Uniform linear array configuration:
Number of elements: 12
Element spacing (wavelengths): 0.25
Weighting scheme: binomial
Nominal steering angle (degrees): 15
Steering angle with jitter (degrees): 16.245
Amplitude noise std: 0.05
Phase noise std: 0.05

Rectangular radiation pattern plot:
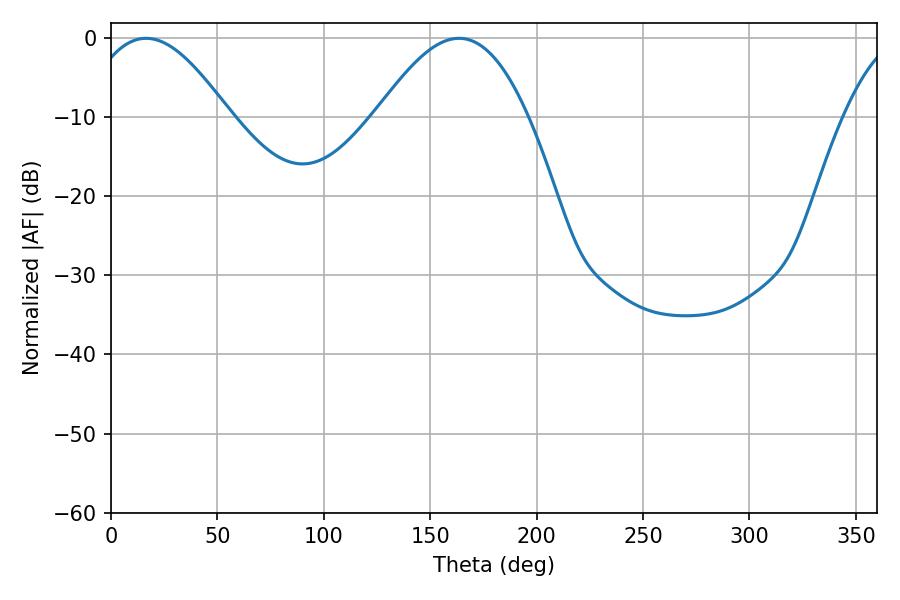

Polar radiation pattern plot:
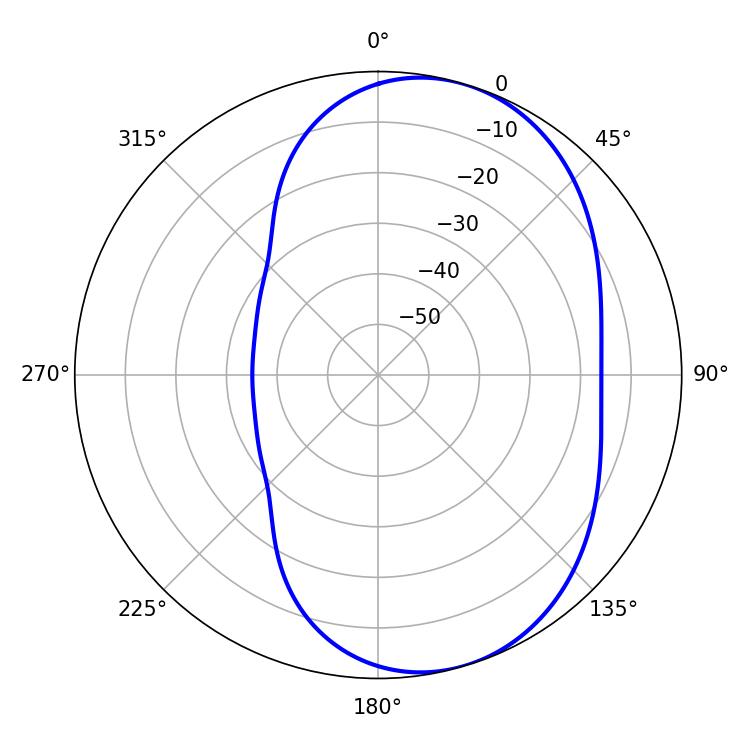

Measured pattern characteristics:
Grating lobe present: FALSE
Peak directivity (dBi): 6.207
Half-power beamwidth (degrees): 36.9
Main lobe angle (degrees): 16.56